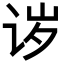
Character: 𬣪